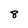
Character: 8